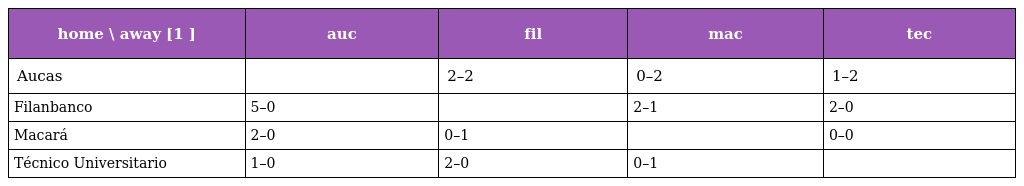
| home \ away [1 ] | auc | fil | mac | tec |
 | --- | --- | --- | --- | --- |
 | Aucas |  | 2–2 | 0–2 | 1–2 |
 | Filanbanco | 5–0 |  | 2–1 | 2–0 |
 | Macará | 2–0 | 0–1 |  | 0–0 |
 | Técnico Universitario | 1–0 | 2–0 | 0–1 |  |